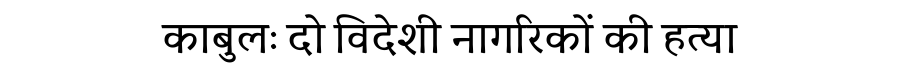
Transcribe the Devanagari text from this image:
काबुलः दो विदेशी नागरिकों की हत्या